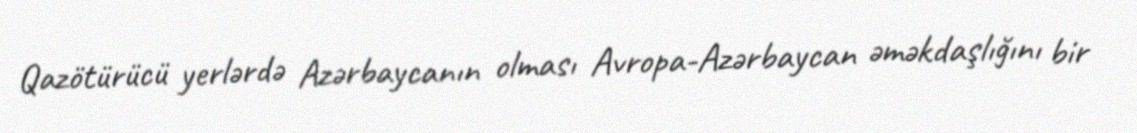
Qazötürücü yerlərdə Azərbaycanın olması Avropa-Azərbaycan əməkdaşlığını bir